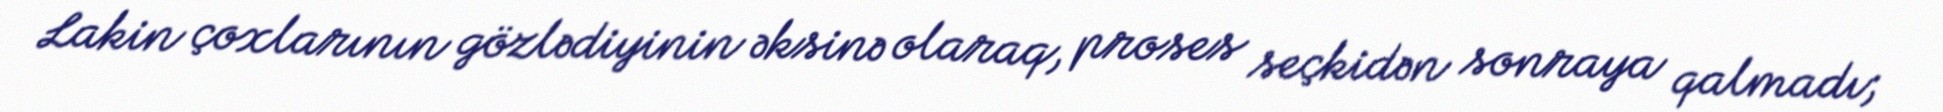
Lakin çoxlarının gözlədiyinin əksinə olaraq, proses seçkidən sonraya qalmadı;